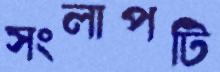
সংলাপটি